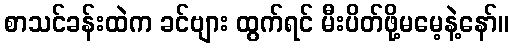
စာသင်ခန်းထဲက ခင်ဗျား ထွက်ရင် မီးပိတ်ဖို့မမေ့နဲ့နော်။